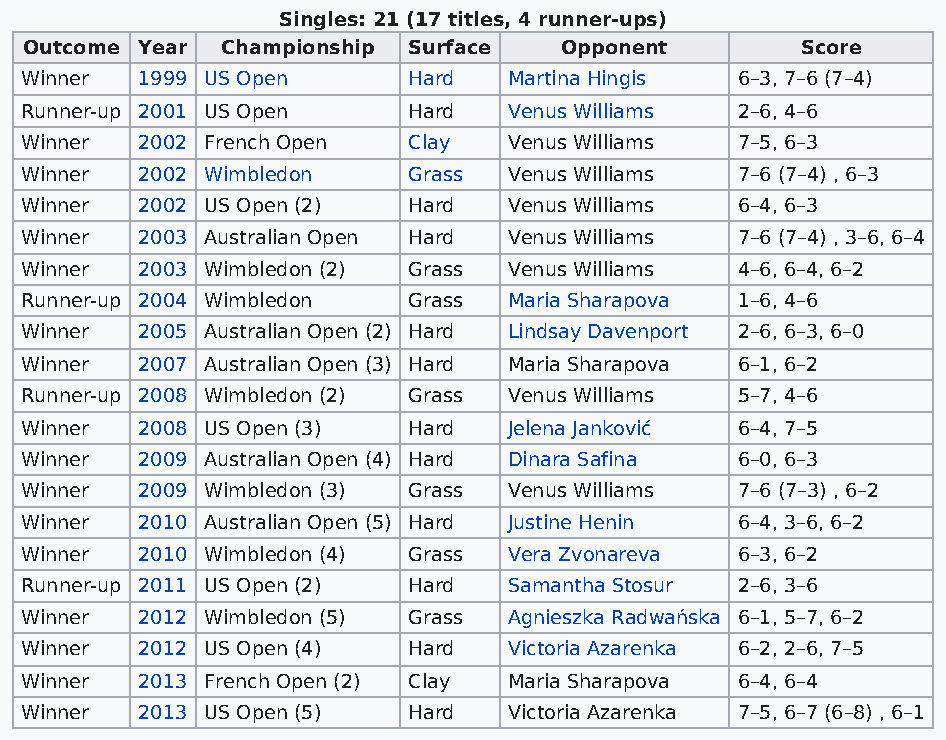
Singles: 21 (17 titles, 4 runner-ups)
 Outcome Year Championship Surface  Opponent        Score
 Winner  1999 US Open      Hard   Martina Hingis 6–3, 7–6 (7–4)
 Runner-up 2001 US Open    Hard   Venus Williams 2–6, 4–6
 Winner  2002 French Open  Clay   Venus Williams 7–5, 6–3
 Winner  2002 Wimbledon    Grass  Venus Williams 7–6 (7–4) , 6–3
 Winner  2002 US Open (2)  Hard   Venus Williams 6–4, 6–3
 Winner  2003 Australian Open Hard Venus Williams 7–6 (7–4) , 3–6, 6–4
 Winner  2003 Wimbledon (2) Grass Venus Williams 4–6, 6–4, 6–2
 Runner-up 2004 Wimbledon  Grass  Maria Sharapova 1–6, 4–6
 Winner  2005 Australian Open (2) Hard Lindsay Davenport 2–6, 6–3, 6–0
 Winner  2007 Australian Open (3) Hard Maria Sharapova 6–1, 6–2
 Runner-up 2008 Wimbledon (2) Grass Venus Williams 5–7, 4–6
 Winner  2008 US Open (3)  Hard   Jelena Janković 6–4, 7–5
 Winner  2009 Australian Open (4) Hard Dinara Safina 6–0, 6–3
 Winner  2009 Wimbledon (3) Grass Venus Williams 7–6 (7–3) , 6–2
 Winner  2010 Australian Open (5) Hard Justine Henin 6–4, 3–6, 6–2
 Winner  2010 Wimbledon (4) Grass Vera Zvonareva 6–3, 6–2
 Runner-up 2011 US Open (2) Hard  Samantha Stosur 2–6, 3–6
 Winner  2012 Wimbledon (5) Grass Agnieszka Radwańska 6–1, 5–7, 6–2
 Winner  2012 US Open (4)  Hard   Victoria Azarenka 6–2, 2–6, 7–5
 Winner  2013 French Open (2) Clay Maria Sharapova 6–4, 6–4
 Winner  2013 US Open (5)  Hard   Victoria Azarenka 7–5, 6–7 (6–8) , 6–1